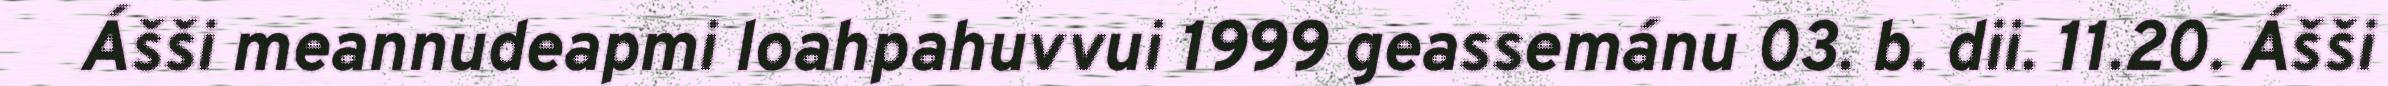
Ášši meannudeapmi loahpahuvvui 1999 geassemánu 03. b. dii. 11.20. Ášši